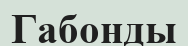
Габонды